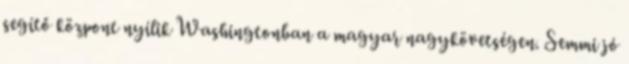
segítő központ nyílik Washingtonban a magyar nagykövetségen. Semmi jó